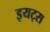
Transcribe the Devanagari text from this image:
इयट्स